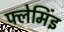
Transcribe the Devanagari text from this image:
फ्लेमिंइ